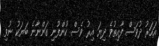
އަހަރު ދުވަސް ފާއިތުވެ ދިޔަ އިރު ވެސް ކުންފުނި ގަންނާނެ ބަޔަކު ނުވި